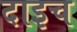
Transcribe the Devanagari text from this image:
दाइच